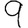
Digit: 9